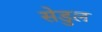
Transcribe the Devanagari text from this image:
सेडुल